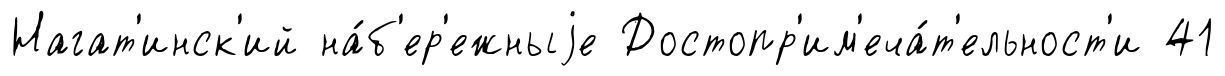
Нагат'инск'ий на́б'ер'ежныjе Достопр'им'еча́т'ельност'и 41